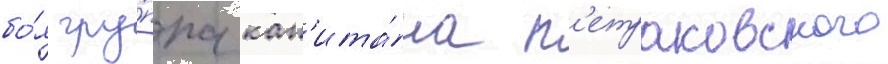
бо́я гру́ппа кап'ита́на п'етраковского